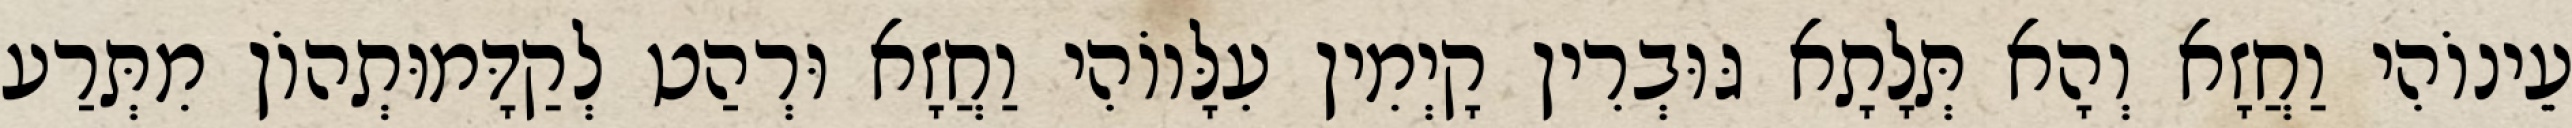
עֵינוֹהִי וַחֲזָא וְהָא תְּלָתָא גּוּבְרִין קָיְמִין עִלָּווֹהִי וַחֲזָא וּרְהַט לְקַדָּמוּתְהוֹן מִתְּרַע